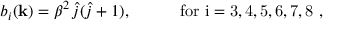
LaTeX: b _ { i } ( { \bf k } ) = \beta ^ { 2 } \, \hat { j } ( \hat { j } + 1 ) , \quad \quad \quad \mathrm { f o r ~ i = 3 , 4 , 5 , 6 , 7 , 8 ~ } ,